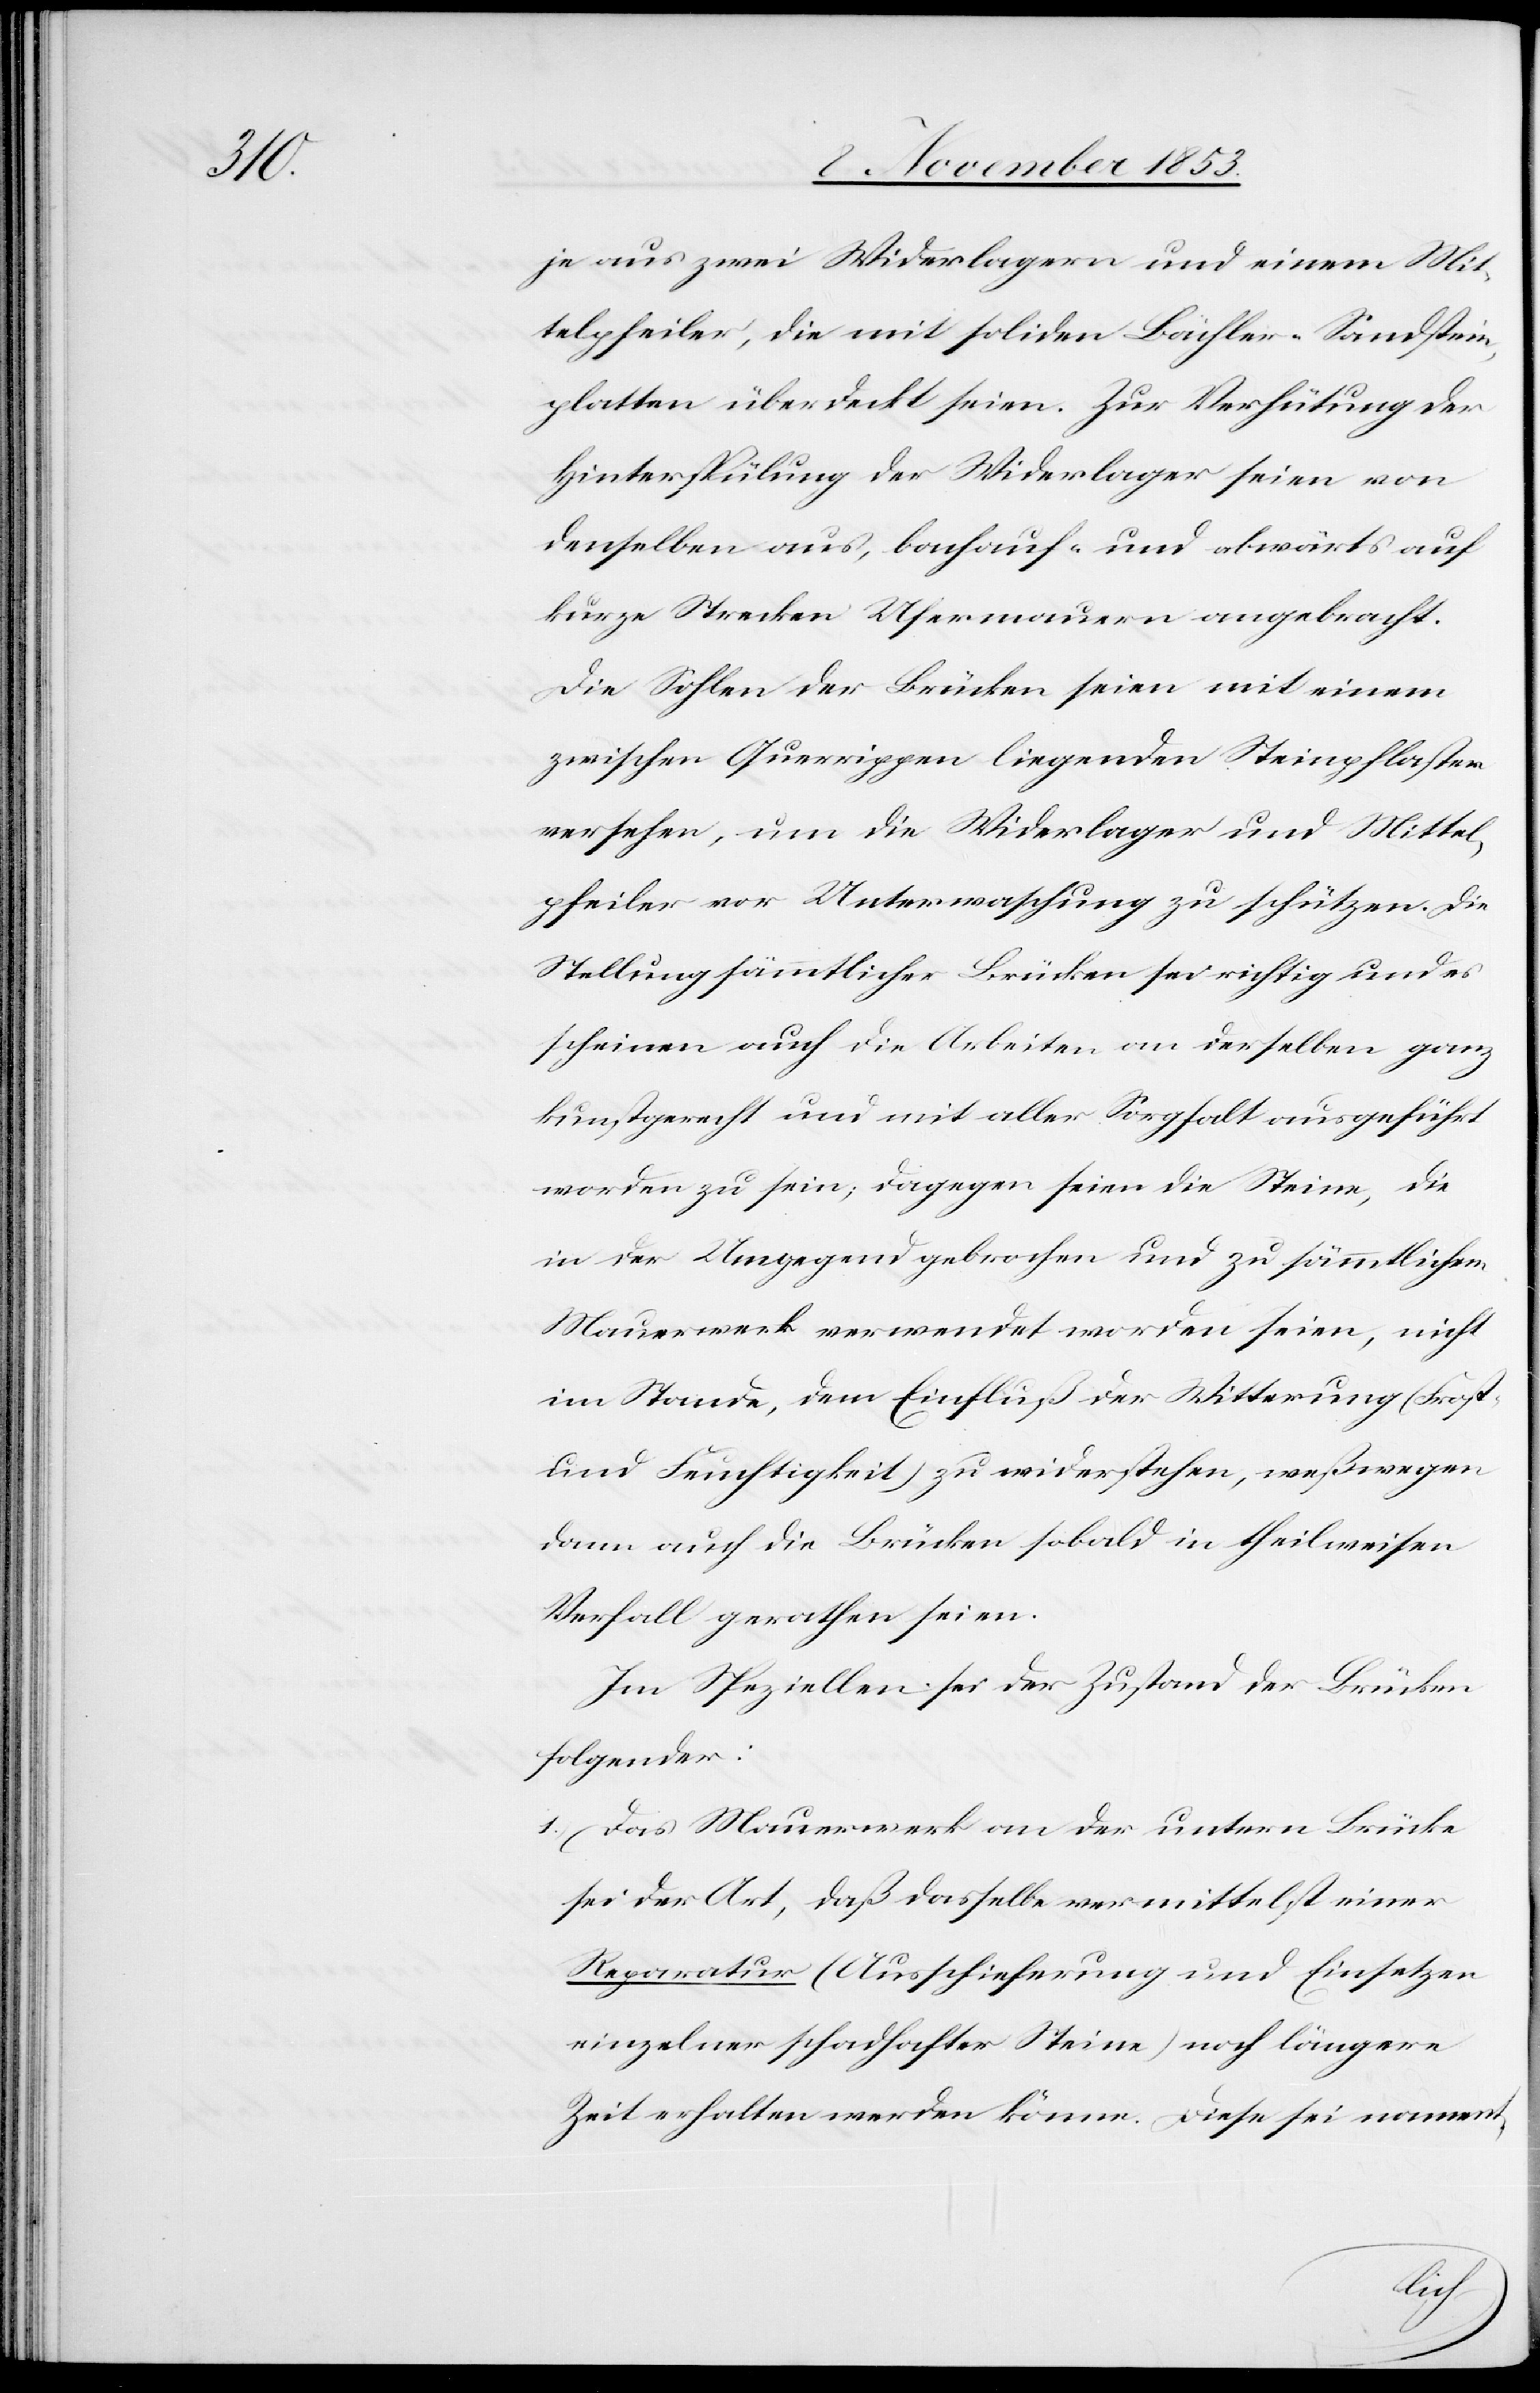
je aus zwei Widerlagern und einem Mit¬
telpfeiler, die mit soliden Bächler-Sandstein¬
platten überdeckt seien. Zur Verhütung der
Hinterspülung der Widerlager seien von
denselben aus, bachauf- und abwärts auf
kurze Strecken Ufermauern angebracht.
Die Sohlen der Brücken seien mit einem
zwischen Querrippen liegenden Steinpflaster
versehen, um die Widerlager und Mittel¬
pfeiler vor Unterwaschung zu schützen. Die
Stellung sämmtlicher Brücken sei richtig und es
scheinen auch die Arbeiten an derselben ganz
kunstgerecht und mit aller Sorgfalt ausgeführt
worden zu sein, dagegen seien die Steine, die
in der Umgegend gebrochen und zu sämmtichem
Mauerwerk verwendet worden seien, nicht
im Stande, dem Einfluß der Witterung (Frost-
und Feuchtigkeit) zu widerstehen, weßwegen
dann auch die Brücken sobald in theilweisen
Verfall gerathen seien.
Im Speziellen sei der Zustand der Brücken
folgender:
1. Das Mauerwerk an der untern Brücke
sei der Art, daß dasselbe vermittelst einer
Reparatur (Aussicherung und Einsetzen
einzelner schadhafter Steine) noch längere
Zeit erhalten werden könne. Diese sei nament-